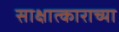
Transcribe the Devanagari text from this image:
साक्षात्काराच्या